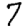
Digit: 7